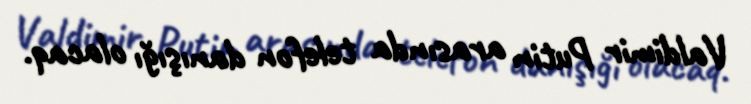
Valdimir Putin arasında telefon danışığı olacaq.